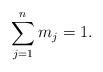
LaTeX: \begin{align*}\sum_{j=1}^n m_j = 1.\end{align*}